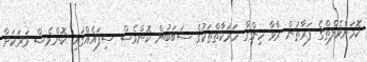
ކޮމަންވެލްތްގެ ފަރާތުން ރާވާ ހިންގާ ހަރަކާތްތަކުގެ ސަބަބުން ކޮންމެސް ސިފައެއްގައި ކޮންމެސް ވަރަކަށް